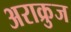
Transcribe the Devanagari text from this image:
अराक्रुज